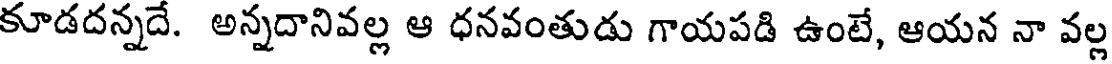
కూడదన్నదే. అన్నదానివల్ల ఆ ధనవంతుడు గాయపడి ఉంటే, ఆయన నా వల్ల